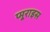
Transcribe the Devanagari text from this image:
प्मूराइस